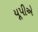
યૂપીએ